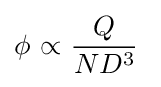
{\phi }~{\propto }~{\frac {Q}{{N}{D^{3}}}}\